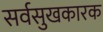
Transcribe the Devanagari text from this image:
सर्वसुखकारक